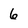
Character: 6